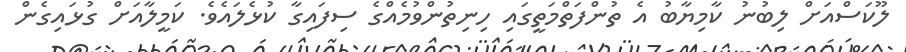
ލޫކަސްއަށް ލިބުނު ކާމިޔާބު އެ ތުންފަތްމަތީގައި ހިނިތުންވުމެއްގެ ސިފައިގާ ކުޅެލައެވެ. ކަމީލާއަށް ގުޅައިގެން